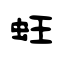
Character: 蚟